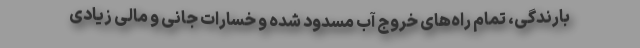
بارندگی، تمام راه‌های خروج آب مسدود شده و خسارات جانی و مالی زیادی